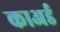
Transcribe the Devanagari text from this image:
काअर्ड